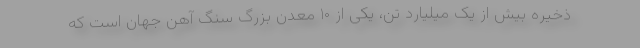
ذخیره بیش از یک میلیارد تن، یکی از ۱۰ معدن بزرگ سنگ آهن جهان است که